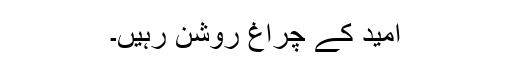
امید کے چراغ روشن رہیں۔